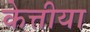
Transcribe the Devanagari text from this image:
केत्तीया